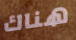
هناك